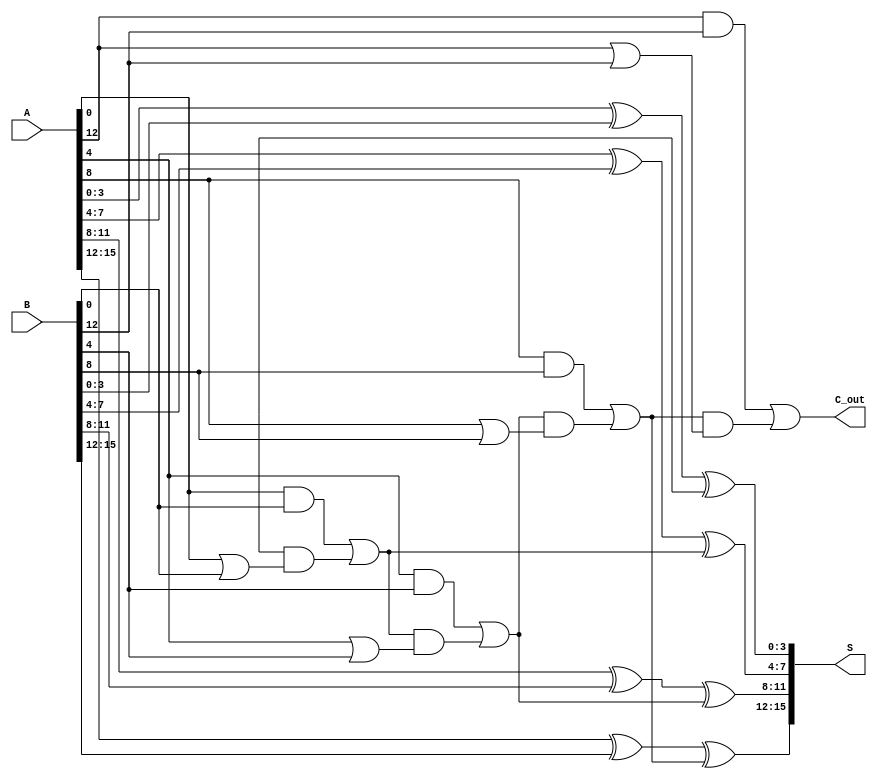
module han_carlson_adder #(parameter N = 16, parameter BLOCK_SIZE = 4) (
    input  [N-1:0] A,
    input  [N-1:0] B,
    output [N-1:0] S,
    output C_out
);
    // Number of blocks
    localparam NUM_BLOCKS = N / BLOCK_SIZE;

    // Intermediate signals
    wire [BLOCK_SIZE-1:0] sum [0:NUM_BLOCKS-1];
    wire [NUM_BLOCKS:0] carry; // carry[0] is the initial carry-in (0)

    // Generate sum and carry for each block
    genvar i;
    generate
        for (i = 0; i < NUM_BLOCKS; i = i + 1) begin : block
            wire [BLOCK_SIZE-1:0] A_block = A[i*BLOCK_SIZE +: BLOCK_SIZE];
            wire [BLOCK_SIZE-1:0] B_block = B[i*BLOCK_SIZE +: BLOCK_SIZE];

            // Calculate sum and carry for the current block
            assign sum[i] = A_block ^ B_block ^ carry[i];
            assign carry[i+1] = (A_block & B_block) | (carry[i] & (A_block | B_block));
        end
    endgenerate

    // Concatenate the sums to form the final sum output
    assign S = {sum[NUM_BLOCKS-1], sum[NUM_BLOCKS-2], sum[NUM_BLOCKS-3], sum[NUM_BLOCKS-4]};
    
    // Final carry-out
    assign C_out = carry[NUM_BLOCKS];

endmodule